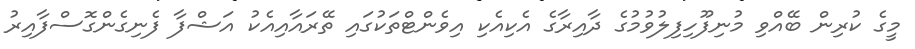
މީގެ ކުރިން ބޭއްވި މުނިފޫހިފިލުުވުމުގެ ދާއިރާގެ އެކިއެކި އިވެންޓްތަކުގައި ތޭރައާއިއެކު އަޝްފާ ފެނިގެންގޮސްފާއިރު